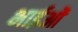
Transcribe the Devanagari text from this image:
भाईओं